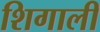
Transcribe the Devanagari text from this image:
शिगाली